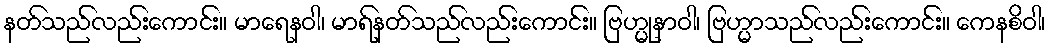
နတ်သည်လည်းကောင်း။ မာရေနဝါ၊ မာရ်နတ်သည်လည်းကောင်း။ ဗြဟ္မုနာဝါ၊ ဗြဟ္မာသည်လည်းကောင်း။ ကေနစိဝါ၊